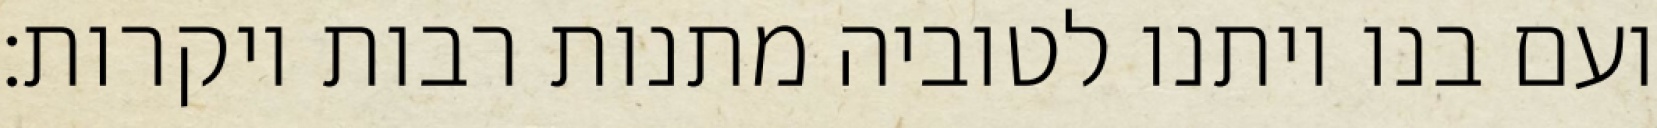
ועם בנו ויתנו לטוביה מתנות רבות ויקרות: